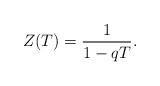
LaTeX: \begin{align*}Z(T) = \frac{1}{1 - qT}.\end{align*}